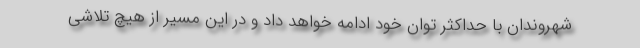
شهروندان با حداکثر توان خود ادامه خواهد داد و در این مسیر از هیچ تلاشی